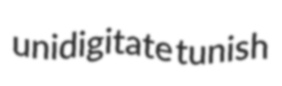
unidigitate tunish